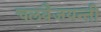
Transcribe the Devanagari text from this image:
चलवैजयन्ती